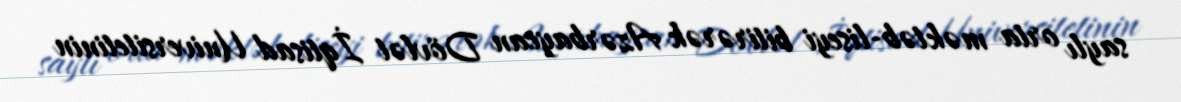
saylı orta məktəb-liseyi bitirərək Azərbaycan Dövlət İqtisad Universitetinin